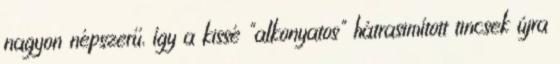
nagyon népszerű, így a kissé "alkonyatos" hátrasimított tincsek újra